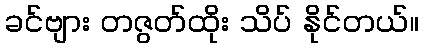
ခင်ဗျား တဇွတ်ထိုး သိပ် နိုင်တယ်။